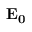
\mathbf { E _ { 0 } }